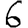
Digit: 6